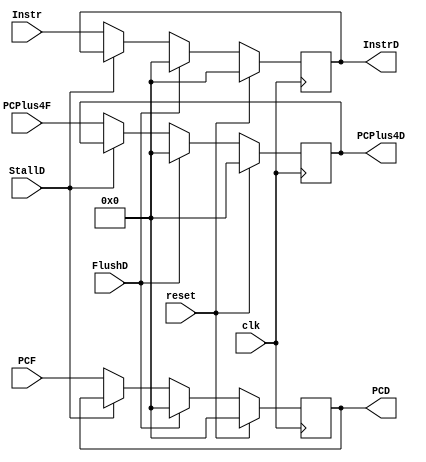
module DecodeStageDP(
        clk,
        reset,
        PCF,
        PCPlus4F,
        Instr,
        PCD,
        PCPlus4D,
        InstrD,
        StallD,
        FlushD
    );
    
    input wire clk;
    input wire reset;
    input wire [31:0] PCF;
    input wire [31:0] PCPlus4F;
    input wire StallD;
    input wire FlushD;
    input wire [31:0] Instr;
    output reg [31:0] InstrD;
    output reg [31:0] PCD;
    output reg [31:0] PCPlus4D;
    
    always @ (posedge clk) begin //FETCH
        if(reset) begin
            InstrD = {32{1'b0}};
            PCD = {32{1'b0}};
            PCPlus4D = {32{1'b0}};
        end
        else if(FlushD) begin
            InstrD = {32{1'b0}};
            PCD = {32{1'b0}};
            PCPlus4D = {32{1'b0}};
        end
        else if(StallD) begin
                InstrD <= InstrD;
                PCD <= PCD;
                PCPlus4D <= PCPlus4D;
            end
            else begin
                InstrD <= Instr;
                PCD <= PCF;
	            PCPlus4D <= PCPlus4F;
            end
	end
 
endmodule